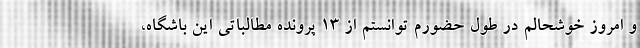
و امروز خوشحالم در طول حضورم توانستم از ۱۳ پرونده مطالباتی این باشگاه،